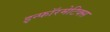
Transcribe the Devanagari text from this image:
इन्‍फॉरमेटिक्‍स